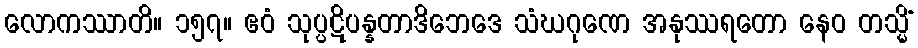
လောကဿာတိ။ ၁၅၇။ ဧဝံ သုပ္ပဋိပန္နတာဒိဘေဒေ သံဃဂုဏေ အနုဿရတော နေဝ တသ္မိံ